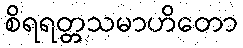
စိရရတ္တသမာဟိတော